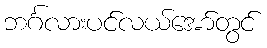
ဘင်္ဂလားပင်လယ်အော်တွင်